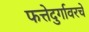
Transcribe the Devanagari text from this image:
फत्तेदुर्गावरचे